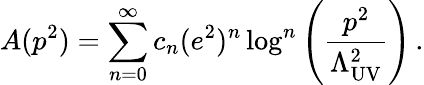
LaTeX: A(p^{2})=\sum_{n=0}^{\infty}c_{n}(e^{2})^{n}\log^{n}\left(\frac{p^{2}}{\Lambda_{\mathrm{UV}}^{2}}\right)\, .